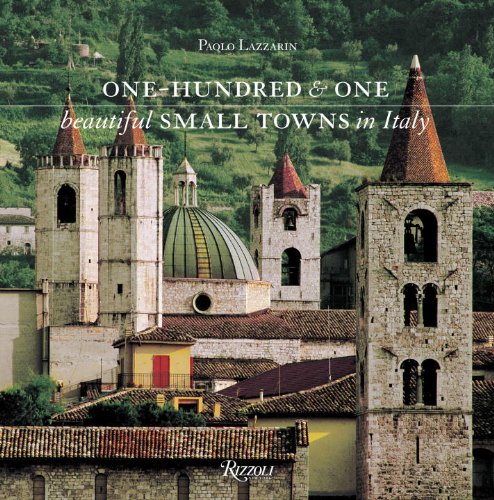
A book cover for One Hundred & One Beautiful Small Towns in Italy; Paolo Lazzarin; Arts & Photography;